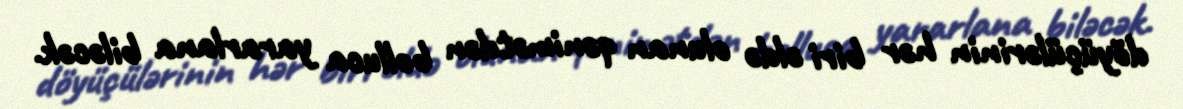
döyüçülərinin hər biri əldə olunan qənimətdən bolluca yararlana biləcək.